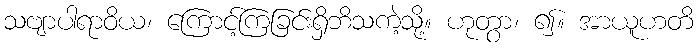
သဗျာပါရာဝိယ၊ ကြောင့်ကြခြင်းရှိဘိသကဲ့သို့။ ဟုတွာ၊ ၍။ အာယူဟတိ